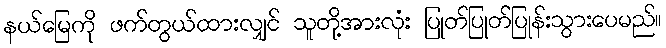
နယ်မြေကို ဖက်တွယ်ထားလျှင် သူတို့အားလုံး ပြုတ်ပြုတ်ပြုန်းသွားပေမည်။